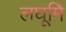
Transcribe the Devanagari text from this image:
लघूर्मि